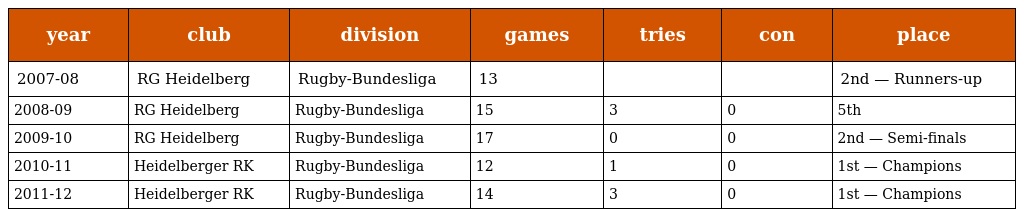
| year | club | division | games | tries | con | place |
 | --- | --- | --- | --- | --- | --- | --- |
 | 2007-08 | RG Heidelberg | Rugby-Bundesliga | 13 |  |  | 2nd — Runners-up |
 | 2008-09 | RG Heidelberg | Rugby-Bundesliga | 15 | 3 | 0 | 5th |
 | 2009-10 | RG Heidelberg | Rugby-Bundesliga | 17 | 0 | 0 | 2nd — Semi-finals |
 | 2010-11 | Heidelberger RK | Rugby-Bundesliga | 12 | 1 | 0 | 1st — Champions |
 | 2011-12 | Heidelberger RK | Rugby-Bundesliga | 14 | 3 | 0 | 1st — Champions |